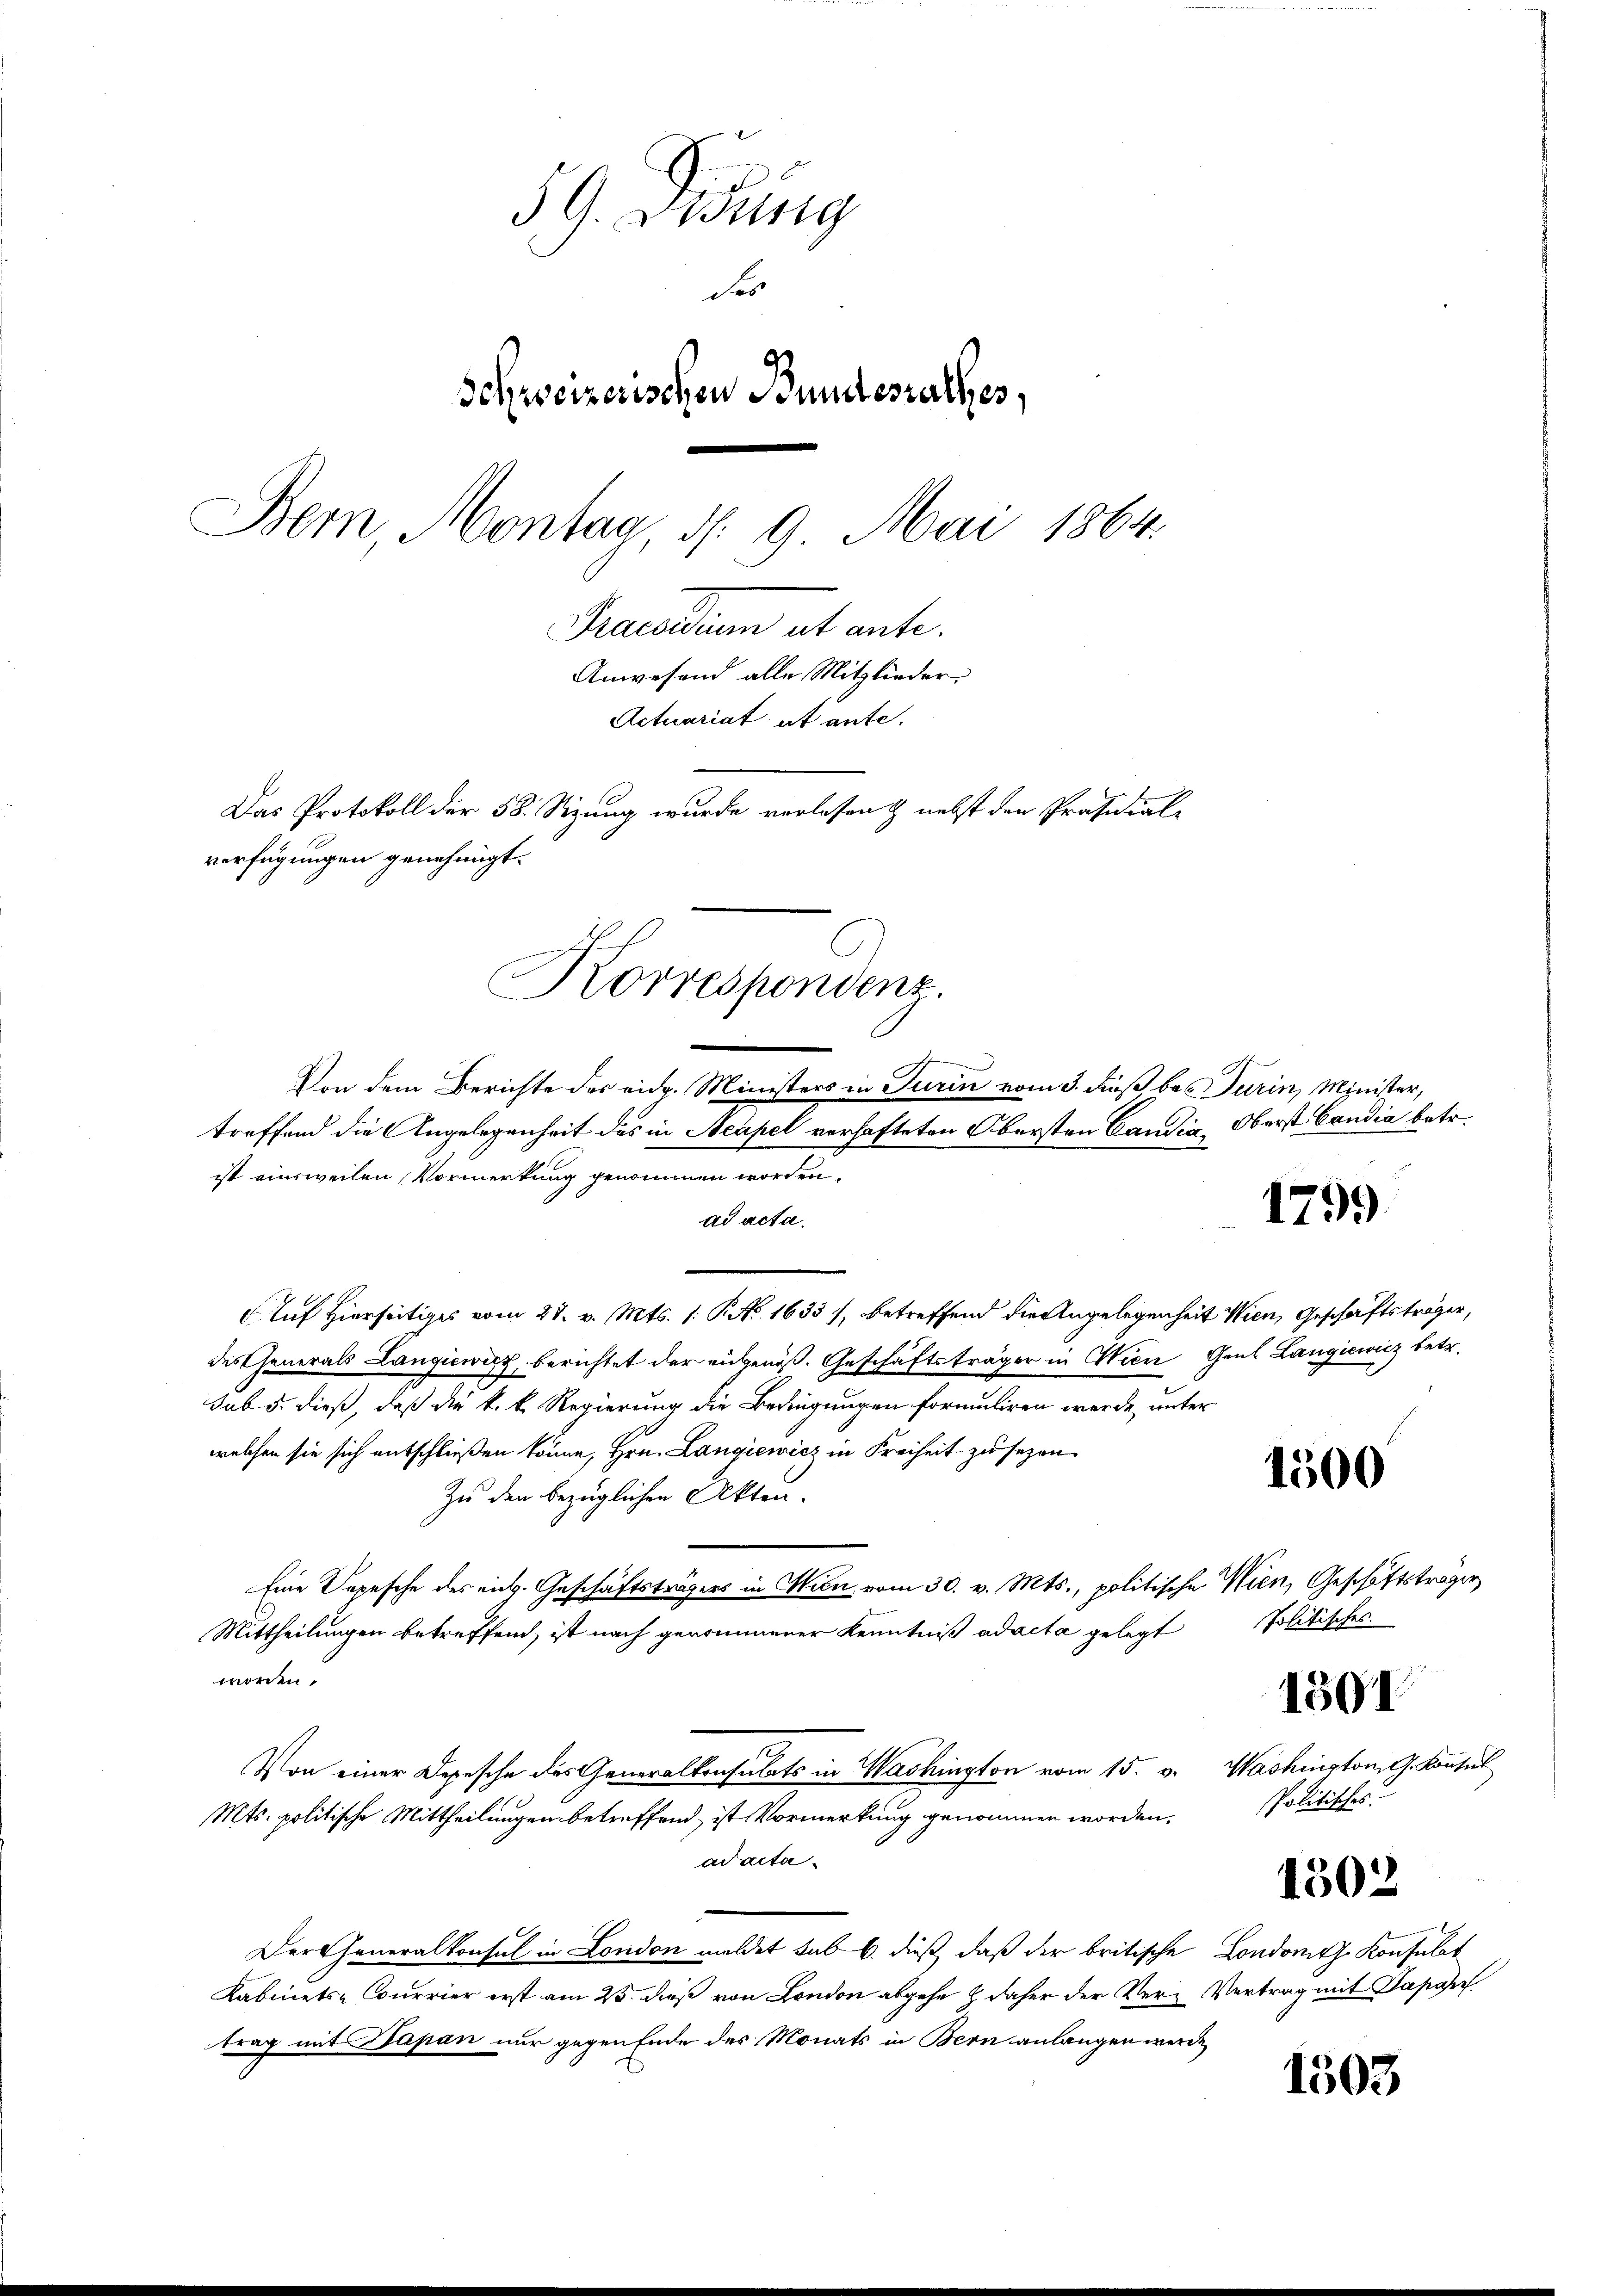
59. Didung
des
Schweizerischen Bundesrathes,
Bern, Montag d. 9. Mai 1864.
Praesidium et ante.
Anwesend alle Mitglieder
Actuariat et ante.
Das Protokoll der 58. Sizung wurde verlesen & nebst den Präsidial-
verfügungen genehmigt.
Korrespondenz.

Von dem Berichte des eidg. Ministers in Turin vom 3. Fuß bes
treffend die Angelegenheit des in Neapel verhafteten Obersten Candia¬

ist ainsweilen Vormerkung genommen worden.
ad acta.
Auf Hierseitiges vom 28. v. Mts. 1. P. No. 1633), betreffend die Angelegenheit Wien, Geschäftsträger,
des Generals Langiewicz, berichtet der eidgenöß. Geschäftsträger in Wien Gaul Langiewicz betr.
sub 5. dieß, daß die k. k. Regierung die Bedingungen formuliren werde, unter
welchen sie sich entschließen könne, Hrn. Langiewicz in Freiheit zu sezen
Zu den bezüglichen Akten.
Eine Depesche des eich. Geschäftsträgers in Wien vom 30. v. Mts., politische Wien, Geschäftsträger
Mittheilungen betreffend, ist nach genommener Kenntniß ad acta gelegt
worden.
Von einer Depesche des Generalkonsulats in Washington vom 15. v. Washington G. Konsul
Mts. politische Mittheilungen betreffend, ist Vormerkung genommen worden.
ad acta
Der Generalkonsul in London meldet sub b. dieß, daß der britische Londorth. Konsulat
Kabinets-Courrier erst am 25. dieß von London abgehe & daher der Ver- Vertrag mit Papar
trag mit Dapan nur gegen Ende des Monats in Bern anlangen werde,

Turin, Minister,
Oberst Candia betr.

1799

1500

Politisches.

1501

Politisches.

1302

1503